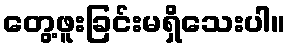
တွေ့ဖူးခြင်းမရှိသေးပါ။